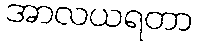
အာလယရတာ